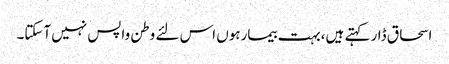
اسحاق ڈار کہتے ہیں،بہت بیمارہوں اس لئے وطن واپس نہیں آسکتا۔